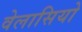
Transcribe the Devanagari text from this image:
वेलासियो